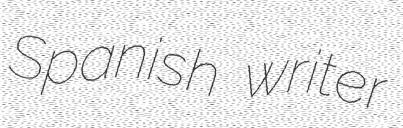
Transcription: Spanish writer